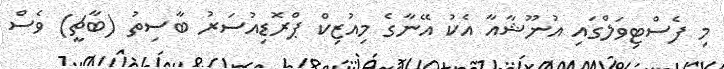
މި ފެސްޓިވަލްގައި އުނޫޝާއާ އެކު އޭނާގެ މިއުޒިކް ޕްރޮޑިއުސަރު ބާސިތު (ބާޗީ) ވެސް